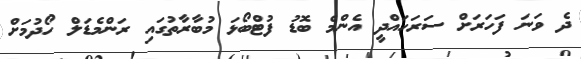
ދެ ވަނަ ފަހަރަށް ސަރަހައްދީ އެންމެ ބޮޑު ފުޓްބޯޅަ މުބާރާތުގައި ރަންމެޑަލް ހޯދުމަށް